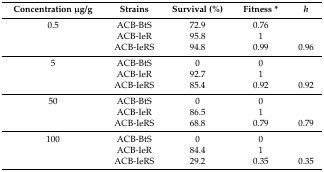
<table><thead><tr><td><b>Concentration μg/g</b></td><td><b>Strains</b></td><td><b>Survival (%)</b></td><td><b>Fitness *</b></td><td><b><i>h</i></b></td></tr></thead><tbody><tr><td>0.5</td><td>ACB-BtS</td><td>72.9</td><td>0.76</td><td></td></tr><tr><td></td><td>ACB-IeR</td><td>95.8</td><td>1</td><td></td></tr><tr><td></td><td>ACB-IeRS</td><td>94.8</td><td>0.99</td><td>0.96</td></tr><tr><td>5</td><td>ACB-BtS</td><td>0</td><td>0</td><td></td></tr><tr><td></td><td>ACB-IeR</td><td>92.7</td><td>1</td><td></td></tr><tr><td></td><td>ACB-IeRS</td><td>85.4</td><td>0.92</td><td>0.92</td></tr><tr><td>50</td><td>ACB-BtS</td><td>0</td><td>0</td><td></td></tr><tr><td></td><td>ACB-IeR</td><td>86.5</td><td>1</td><td></td></tr><tr><td></td><td>ACB-IeRS</td><td>68.8</td><td>0.79</td><td>0.79</td></tr><tr><td>100</td><td>ACB-BtS</td><td>0</td><td>0</td><td></td></tr><tr><td></td><td>ACB-IeR</td><td>84.4</td><td>1</td><td></td></tr><tr><td></td><td>ACB-IeRS</td><td>29.2</td><td>0.35</td><td>0.35</td></tr></tbody></table>